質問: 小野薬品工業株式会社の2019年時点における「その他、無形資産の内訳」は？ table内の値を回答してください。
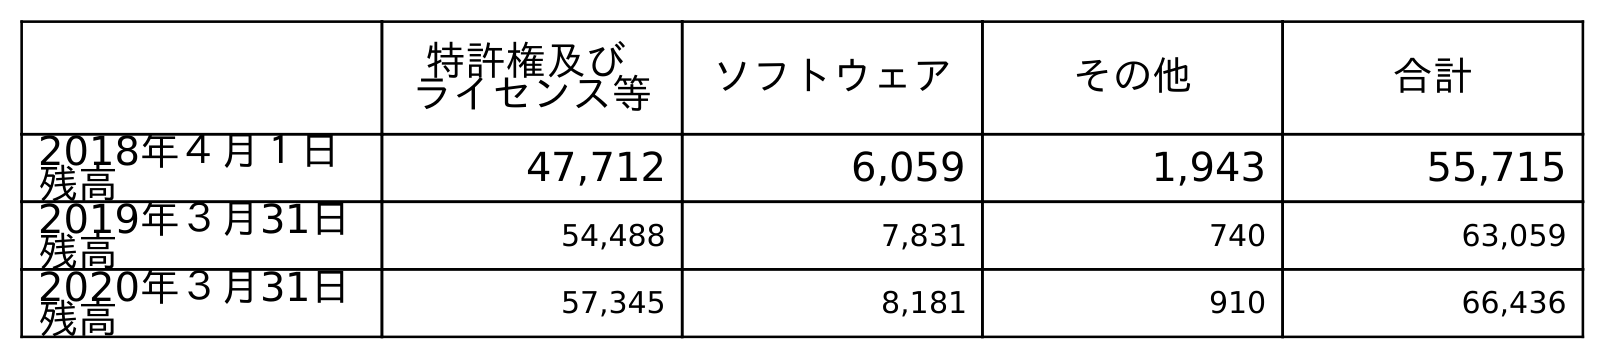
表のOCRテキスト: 特許権及び ライセンス等 ソフトウェア その他 合計 2018年４月１日 残高 47,712 6,059 1,943 55,715 2019年３月31日 残高 54,488 7,831 740 63,059 2020年３月31日 残高 57,345 8,181 910 66,436
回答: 740